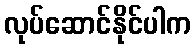
လုပ်ဆောင်နိုင်ပါက